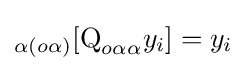
_{\alpha (o\alpha )}[{\text{Q}}_{o\alpha \alpha }y_{i}]=y_{i}